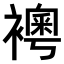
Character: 𧝰